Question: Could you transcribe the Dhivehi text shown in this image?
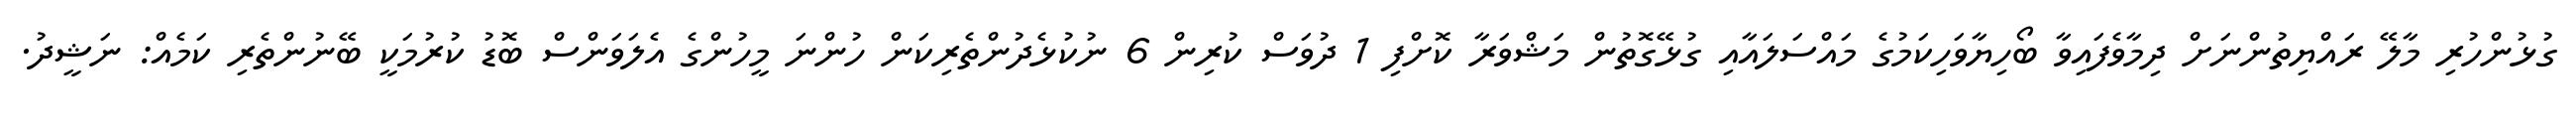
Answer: ގުޅުންހުރި މާލޭ ރައްޔިތުންނަށް ދިމާވެފައިވާ ބޯހިޔާވަހިކަމުގެ މައްސަލައާއި ގުޅޭގޮތުން މަޝްވަރާ ކޮށްފި 1 ދުވަސް ކުރިން 6 ނުކުޅެދުންތެރިކަން ހުންނަ މީހުންގެ އެލަވަންސް ބޮޑު ކުރުމަކީ ބޭނުންތެރި ކަމެއް: ނަޝީދު.